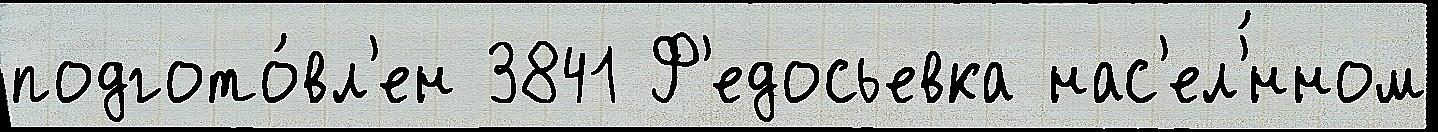
подгото́вл'ен 3841 Ф'едосьевка нас'ел'́нном